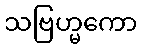
သဗြဟ္မကော